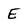
Character: E